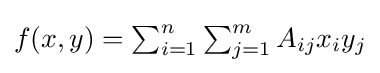
{\textstyle f(x,y)=\sum _{i=1}^{n}\sum _{j=1}^{m}A_{ij}x_{i}y_{j}}